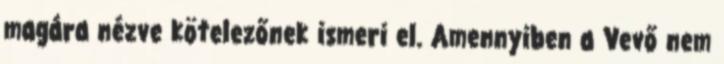
magára nézve kötelezőnek ismeri el. Amennyiben a Vevő nem